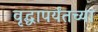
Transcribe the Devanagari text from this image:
वृद्धापर्यंतच्या